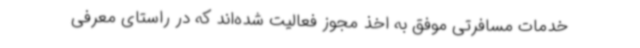
خدمات مسافرتی موفق به اخذ مجوز فعالیت شده‌اند که در راستای معرفی